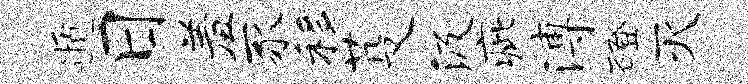
遁日羞豕移芟汲疵溥磴灭